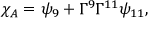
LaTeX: { \chi _ { A } = \psi _ { 9 } + \Gamma ^ { 9 } \Gamma ^ { 1 1 } \psi _ { 1 1 } , }